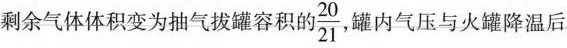
剩余气体体积变为抽气拔罐容积的 \frac{20}{21} 罐内气压与火罐降温后